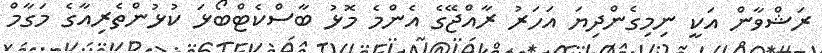
ރަޝްވާން އަކީ ނިމިގެންދިޔަ އަހަރު ރާއްޖޭގެ އެންމެ މޮޅު ބާސްކެޓްބޯޅަ ކުޅުންތެރިއާގެ މަގާމް